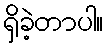
ရှိခဲ့တာပါ။